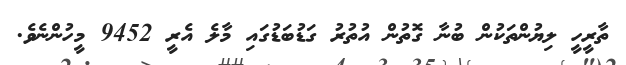
ތާރީހީ ލިޔުންތަކުން ބުނާ ގޮތުން އުތުރު ގަޑުބަޑުގައި މާލެ އެރީ 9452 މީހުންނެވެ.